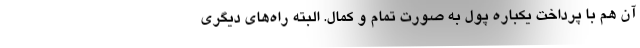
آن هم با پرداخت یکباره پول به صورت تمام و کمال. البته راه‌های دیگری